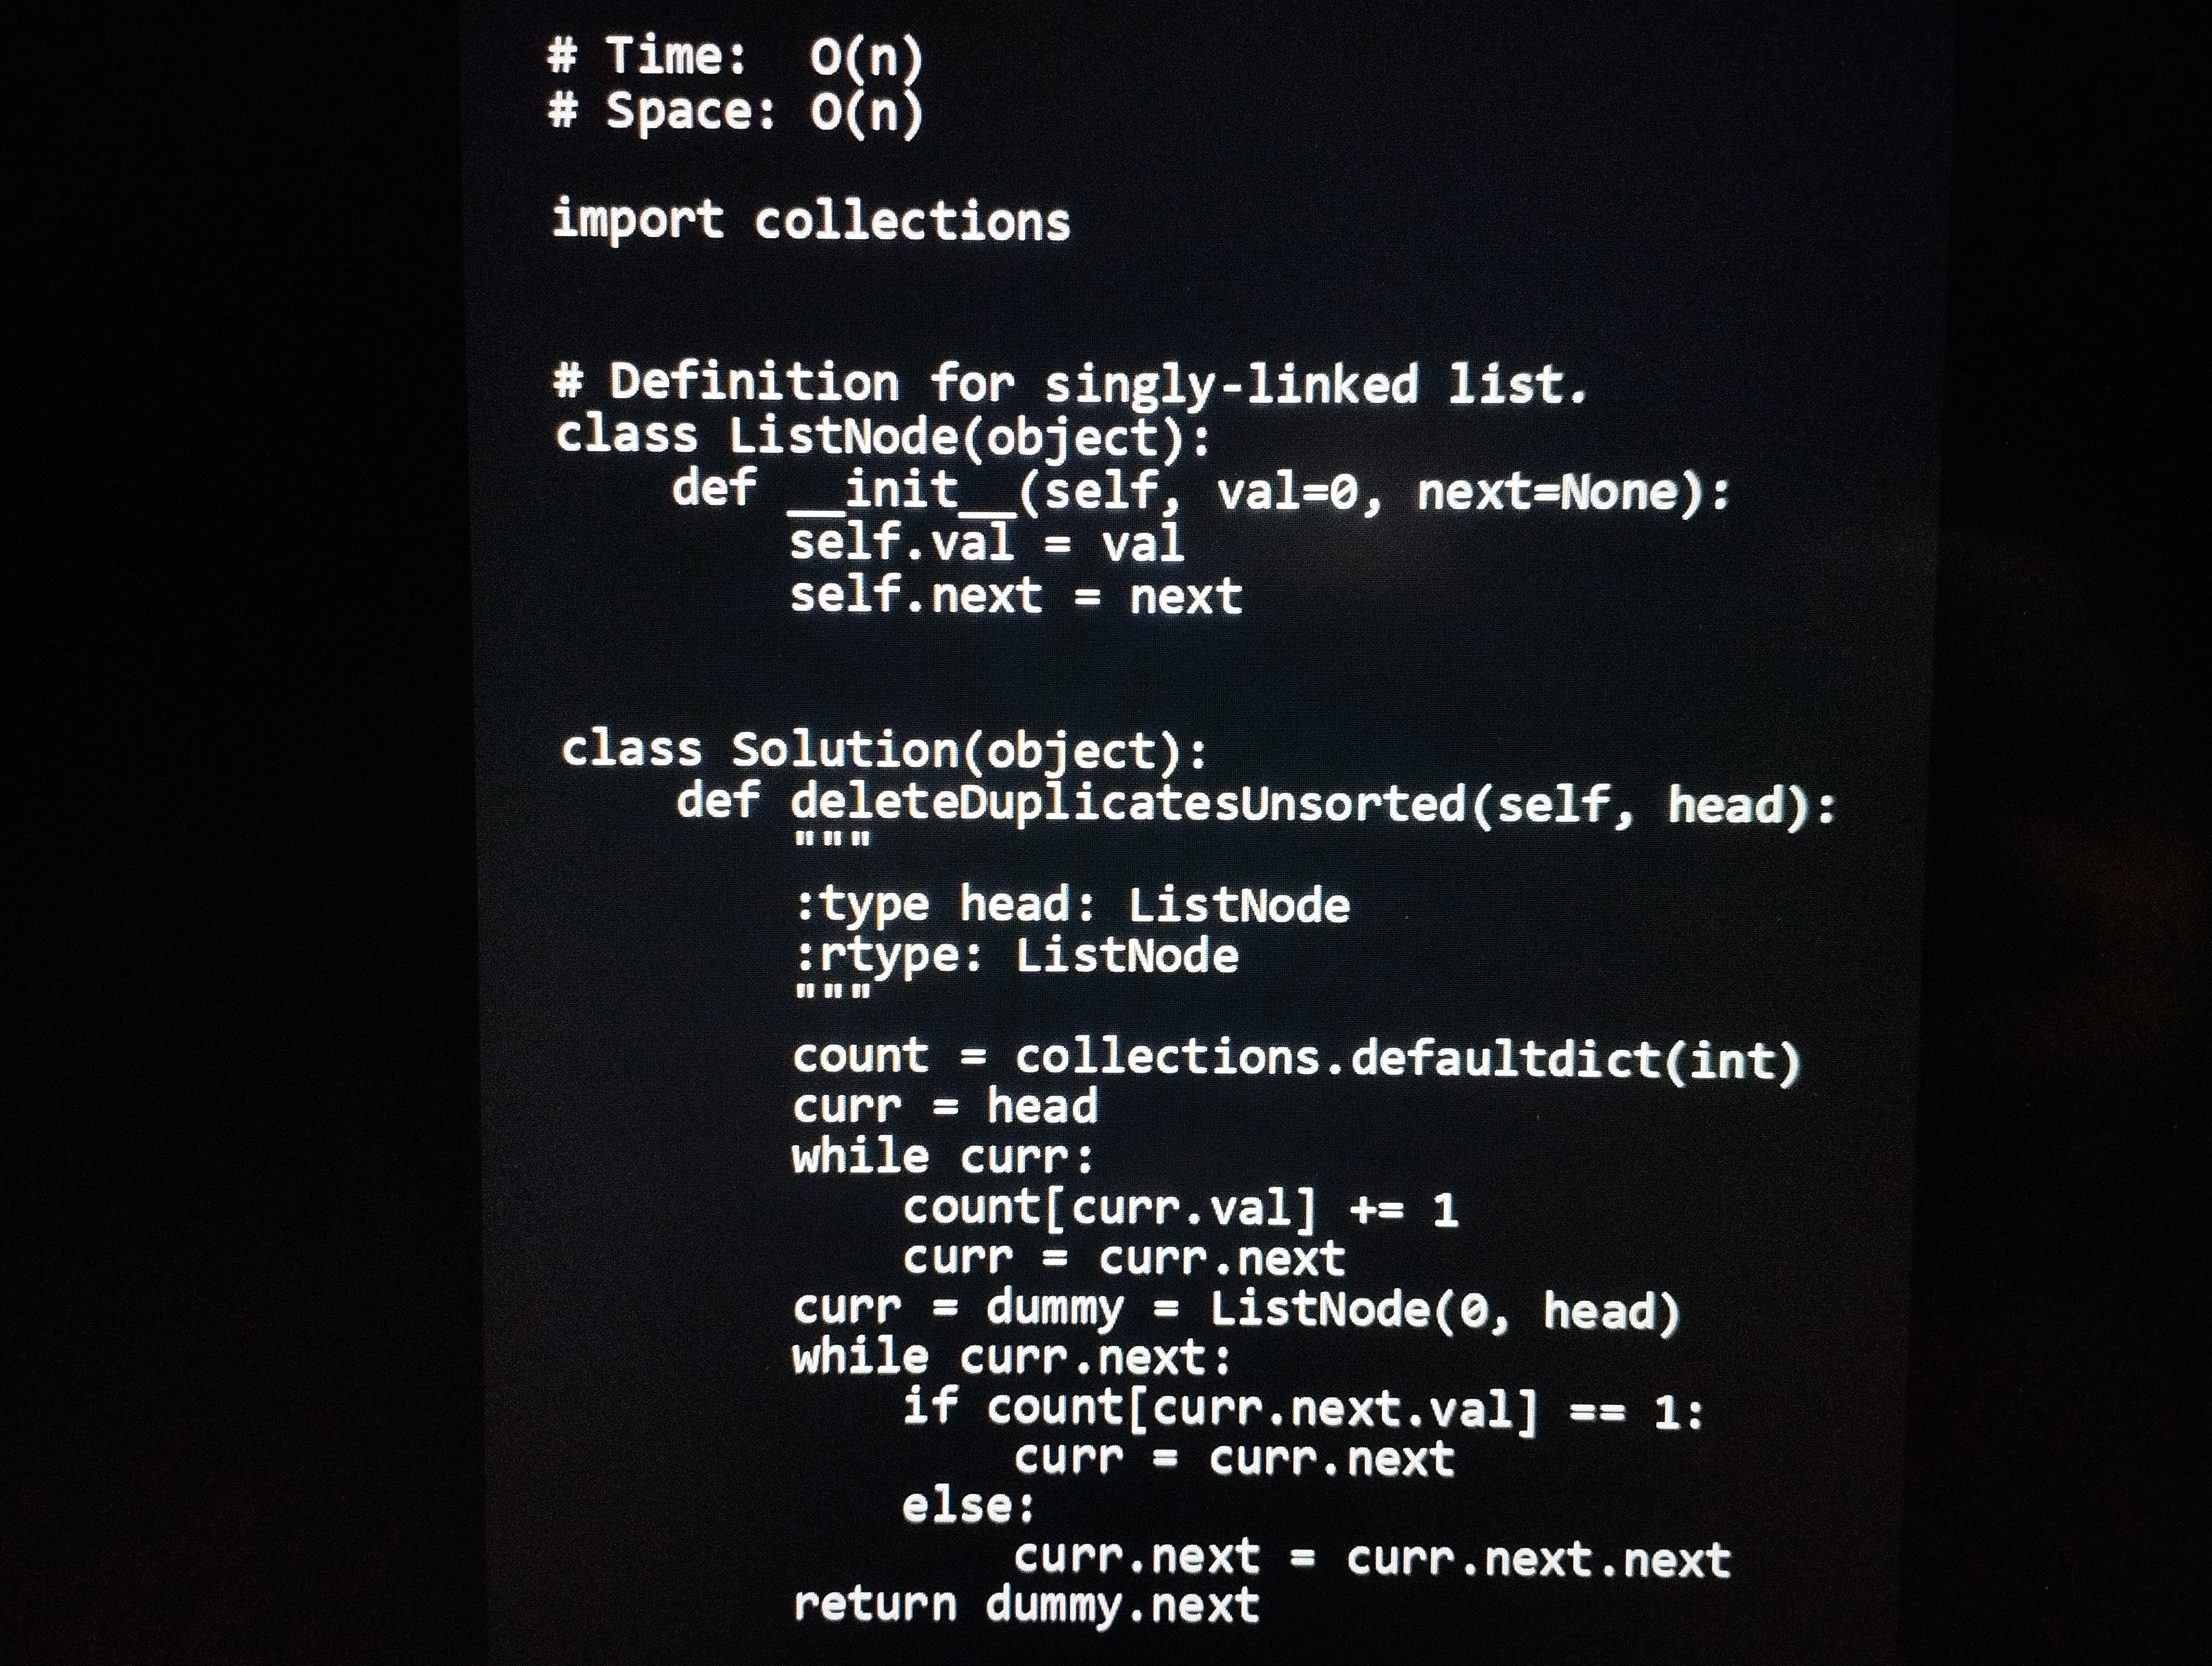
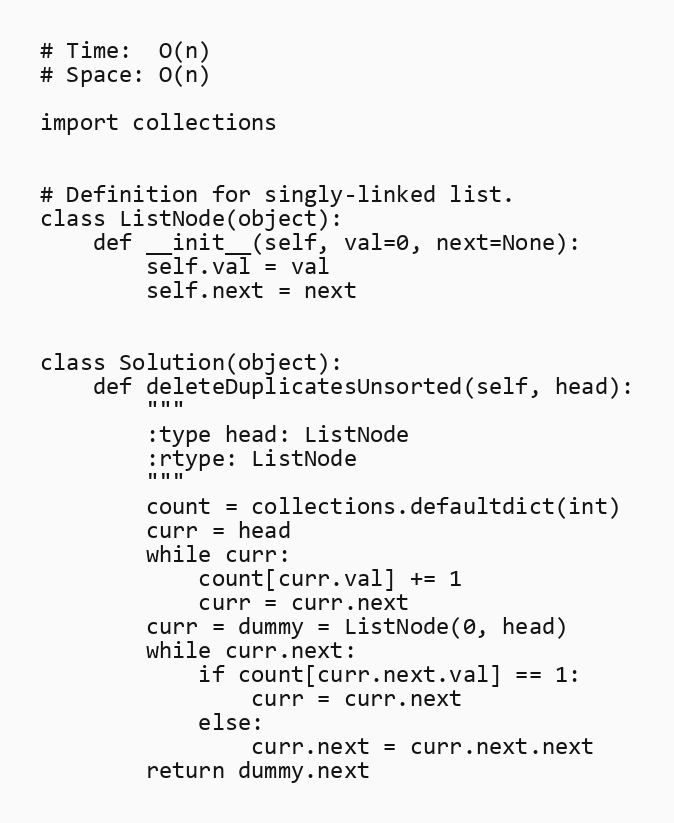
# Time:  O(n)
# Space: O(n)

import collections

# Definition for singly-linked list.
class ListNode(object):
    def __init__(self, val=0, next=None):
        self.val = val
        self.next = next

class Solution(object):
    def deleteDuplicatesUnsorted(self, head):
        """
        :type head: ListNode
        :rtype: ListNode
        """
        count = collections.defaultdict(int)
        curr = head
        while curr:
            count[curr.val] += 1
            curr = curr.next
        curr = dummy = ListNode(0, head)
        while curr.next:
            if count[curr.next.val] == 1:
                curr = curr.next
            else:
                curr.next = curr.next.next
        return dummy.next